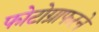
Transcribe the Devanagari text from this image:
फोटोग्राफरने